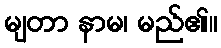
မျတာ နာမ၊ မည်၏။